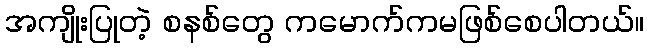
အကျိုးပြုတဲ့ စနစ်တွေ ကမောက်ကမဖြစ်စေပါတယ်။